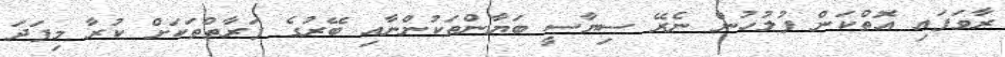
ރާވަފައި އޮތްކަން ފުލުހުން ނެރޭ ސިޔާސީ ބަޔާންތަކުންނާއި ބޭރުގެ ފަރާތްތަކަށް ކުރާ މިފަދަ